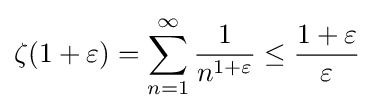
\zeta (1+\varepsilon )=\sum _{n=1}^{\infty }{\frac {1}{n^{1+\varepsilon }}}\leq {\frac {1+\varepsilon }{\varepsilon }}